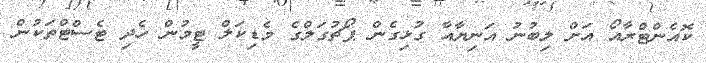
ކޮއެންޓްރާއޯ އަށް ލިބުނު އަނިޔާއާ ގުޅިގެން ޕޯޗުގަލްގެ މެޑިކަލް ޓީމުން ހެދި ޓެސްޓްތަކުން